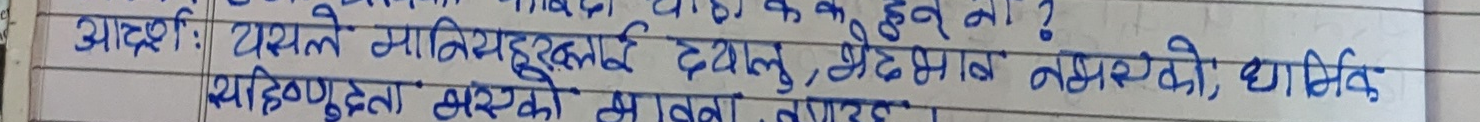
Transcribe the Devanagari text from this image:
यसले मानिसहरुलाई दयालु, भेद्‌भाव नभएको, धार्मिक